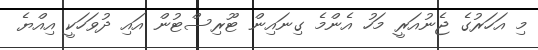
މި އަހަރުގެ ޖެނުއަރީ މަހު އެންމެ ގިނައިން ޓޫރިސްޓުން އައި ދުވަހަކީ އިއްޔެ